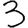
Digit: 3